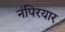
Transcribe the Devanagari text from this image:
नंपिरयार